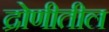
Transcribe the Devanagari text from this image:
द्रोणीतील